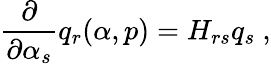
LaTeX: {\frac{\partial}{\partial\alpha_{s}}}q_{r}(\alpha,p)=H_{rs}q_{s}\ ,